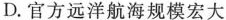
D. 官方远洋航海规模宏大